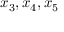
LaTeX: x _ { 3 } , x _ { 4 } , x _ { 5 }